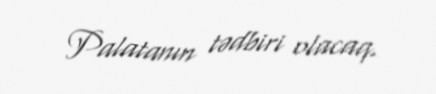
Palatanın tədbiri olacaq.